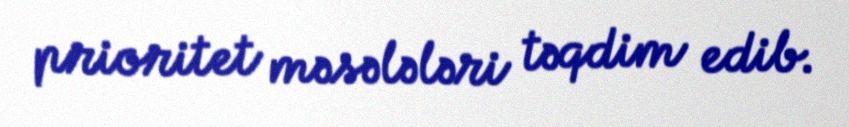
prioritet məsələləri təqdim edib.